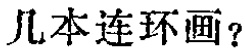
几本连环画？